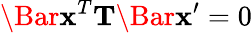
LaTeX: \Bar{\mathbf{x}}^{T}\mathbf T\Bar{\mathbf{x}}^{\prime}=0